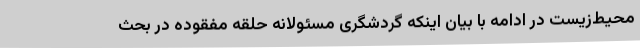
محیط‌زیست در ادامه با بیان اینکه گردشگری مسئولانه حلقه مفقوده در بحث